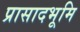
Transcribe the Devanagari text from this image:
प्रासादभूमि